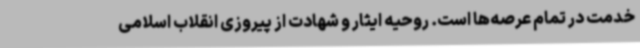
خدمت در تمام عرصه‌ها است. روحیه ایثار و شهادت از پیروزی انقلاب اسلامی